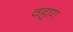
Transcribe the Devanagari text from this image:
वहाग